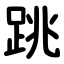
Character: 跳